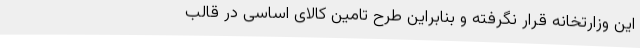
این وزارتخانه قرار نگرفته و بنابراین طرح تامین کالای اساسی در قالب